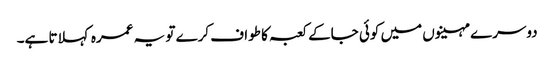
دوسرے مہینوں میں کوئی جاکے کعبہ کا طواف کرے تو یہ عمرہ کہلاتا ہے۔